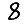
Digit: 8